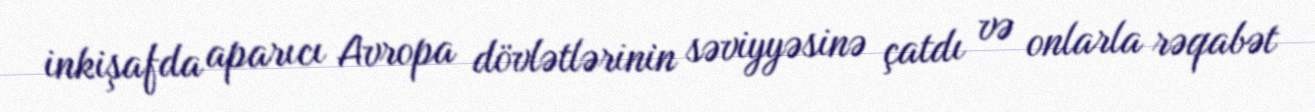
inkişafda aparıcı Avropa dövlətlərinin səviyyəsinə çatdı və onlarla rəqabət